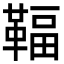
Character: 𩋨